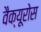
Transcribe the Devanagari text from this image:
वैक्यूरोस